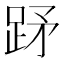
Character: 䟥